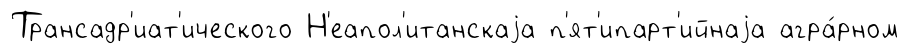
Трансадр'иат'ического Н'еапол'итанскаjа п'ят'ипарт'ийнаjа агра́рном